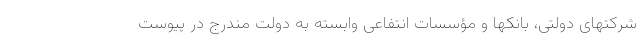
شرکتهای دولتی، بانکها و مؤسسات انتفاعی وابسته به دولت مندرج در پیوست